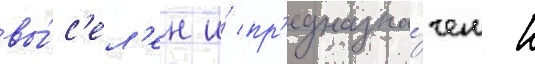
вы́с'ел'ен и́ пр'едназна́чен к